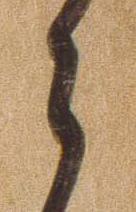
ら